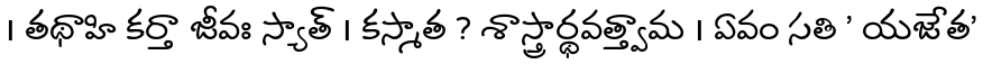
। తథాహి కర్తా జీవః స్యాత్ । కస్మాత ? శాస్త్రార్థవత్త్వామ । ఏవం సతి ' యజేత'